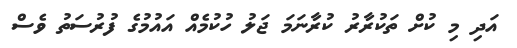
އަދި މި ކުށް ތަކުރާރު ކުރާނަމަ ޖަލު ހުކުމެއް އައުމުގެ ފުރުސަތު ވެސް